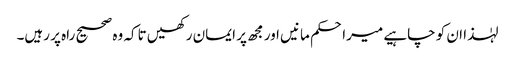
لہٰذا ان کو چاہیے میراحکم مانیں اور مجھ پر ایمان رکھیں تاکہ وہ صحیح راہ پر رہیں۔